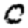
Digit: 0